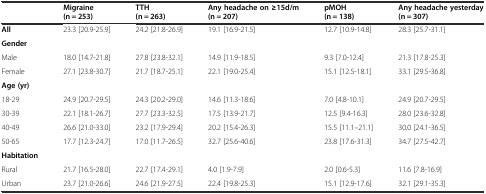
<table><thead><tr><td>[EMPTY_CELL]</td><td><b>Migraine (n = 253)</b></td><td><b>TTH (n = 263)</b></td><td><b>Any headache on ≥15d/m (n = 207)</b></td><td><b>pMOH (n = 138)</b></td><td><b>Any headache yesterday (n = 307)</b></td></tr></thead><tbody><tr><td><b>All</b></td><td>23.3 [20.9-25.9]</td><td>24.2 [21.8-26.9]</td><td>19.1 [16.9-21.5]</td><td>12.7 [10.9-14.8]</td><td>28.3 [25.7-31.1]</td></tr><tr><td><b>Gender</b></td><td>[EMPTY_CELL]</td><td>[EMPTY_CELL]</td><td>[EMPTY_CELL]</td><td>[EMPTY_CELL]</td><td>[EMPTY_CELL]</td></tr><tr><td>Male</td><td>18.0 [14.7-21.8]</td><td>27.8 [23.8-32.1]</td><td>14.9 [11.9-18.5]</td><td>9.3 [7.0-12.4]</td><td>21.3 [17.8-25.3]</td></tr><tr><td>Female</td><td>27.1 [23.8-30.7]</td><td>21.7 [18.7-25.1]</td><td>22.1 [19.0-25.4]</td><td>15.1 [12.5-18.1]</td><td>33.1 [29.5-36.8]</td></tr><tr><td><b>Age (yr)</b></td><td>[EMPTY_CELL]</td><td>[EMPTY_CELL]</td><td>[EMPTY_CELL]</td><td>[EMPTY_CELL]</td><td>[EMPTY_CELL]</td></tr><tr><td>18-29</td><td>24.9 [20.7-29.5]</td><td>24.3 [20.2-29.0]</td><td>14.6 [11.3-18.6]</td><td>7.0 [4.8-10.1]</td><td>24.9 [20.7-29.5]</td></tr><tr><td>30-39</td><td>22.1 [18.1-26.7]</td><td>27.7 [23.3-32.5]</td><td>17.5 [13.9-21.7]</td><td>12.5 [9.4-16.3]</td><td>28.0 [23.6-32.8]</td></tr><tr><td>40-49</td><td>26.6 [21.0-33.0]</td><td>23.2 [17.9-29.4]</td><td>20.2 [15.4-26.3]</td><td>15.5 [11.1--21.1]</td><td>30.0 [24.1-36.5]</td></tr><tr><td>50-65</td><td>17.7 [12.3-24.7]</td><td>17.0 [11.7-26.5]</td><td>32.7 [25.6-40.6]</td><td>23.8 [17.6-31.3]</td><td>34.7 [27.5-42.7]</td></tr><tr><td><b>Habitation</b></td><td>[EMPTY_CELL]</td><td>[EMPTY_CELL]</td><td>[EMPTY_CELL]</td><td>[EMPTY_CELL]</td><td>[EMPTY_CELL]</td></tr><tr><td>Rural</td><td>21.7 [16.5-28.0]</td><td>22.7 [17.4-29.1]</td><td>4.0 [1.9-7.9]</td><td>2.0 [0.6-5.3]</td><td>11.6 [7.8-16.9]</td></tr><tr><td>Urban</td><td>23.7 [21.0-26.6]</td><td>24.6 [21.9-27.5]</td><td>22.4 [19.8-25.3]</td><td>15.1 [12.9-17.6]</td><td>32.1 [29.1-35.3]</td></tr></tbody></table>